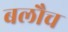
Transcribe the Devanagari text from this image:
बलौच